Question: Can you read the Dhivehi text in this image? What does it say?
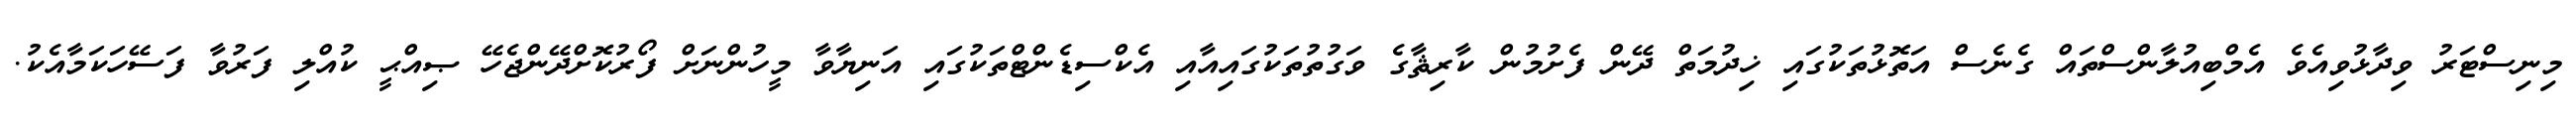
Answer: މިނިސްޓަރު ވިދާޅުވިއެވެ އެމްބިއުލާންސްތައް ގެނެސް އަތޮޅުތަކުގައި ޚިދުމަތް ދޭން ފެށުމުން ކާރިޘާގެ ވަގުތުތަކުގައިއާއި އެކްސިޑެންޓްތަކުގައި އަނިޔާވާ މީހުންނަށް ފޯރުކޮށްދޭންޖެހޭ ޞިއްޙީ ކުއްލި ފަރުވާ ފަސޭހަކަމާއެކު.